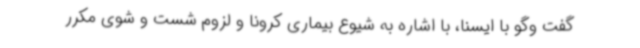
گفت وگو با ایسنا، با اشاره به شیوع بیماری کرونا و لزوم شست و شوی مکرر